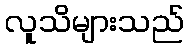
လူသိများသည်